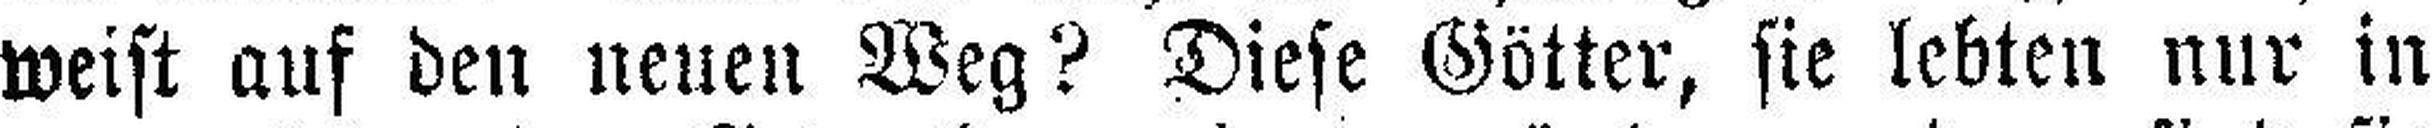
weist auf den neuen Weg? Diese Götter, sie lebten nur in